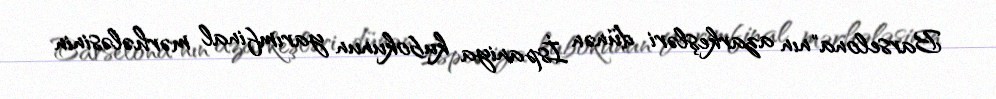
Barselona"nın azarkeşləri dünən İspaniya kubokunun yarımfinal mərhələsinin